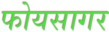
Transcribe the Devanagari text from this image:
फोयसागर